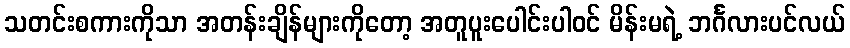
သတင်းစကားကိုသာ အတန်းချိန်များကိုတော့ အတူပူးပေါင်းပါဝင် မိန်းမရဲ့ ဘင်္ဂလားပင်လယ်